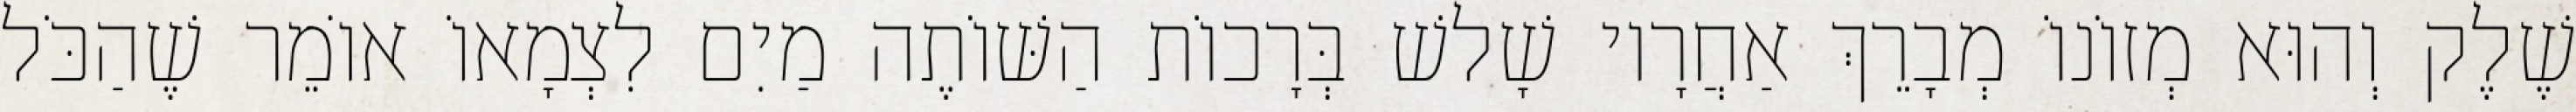
שֶׁלֶק וְהוּא מְזוֹנוֹ מְבָרֵךְ אַחֲרָיו שָׁלשׁ בְּרָכוֹת הַשּׁוֹתֶה מַיִם לִצְמָאוֹ אוֹמֵר שֶׁהַכֹּל